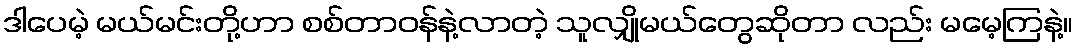
ဒါပေမဲ့ မယ်မင်းတို့ဟာ စစ်တာဝန်နဲ့လာတဲ့ သူလျှိုမယ်တွေဆိုတာ လည်း မမေ့ကြနဲ့။